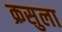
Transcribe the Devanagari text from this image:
क्रसुला